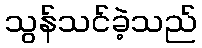
သွန်သင်ခဲ့သည်